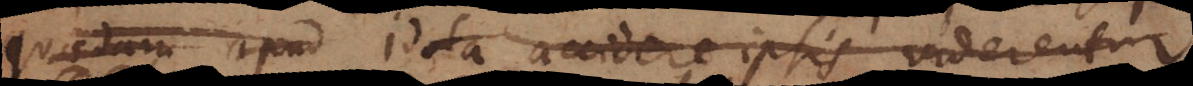
quaedam apud Idola accidere ipsis viderentur